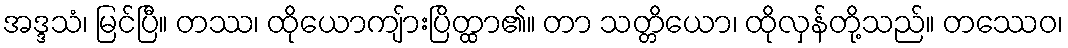
အဒ္ဒသံ၊ မြင်ပြီ။ တဿ၊ ထိုယောကျ်ားပြိတ္ထာ၏။ တာ သတ္တိယော၊ ထိုလှန်တို့သည်။ တဿေဝ၊